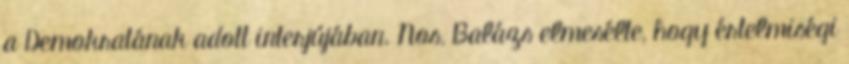
a Demokratának adott interjújában. Nos, Balázs elmesélte, hogy értelmiségi